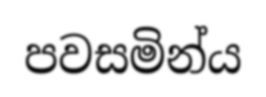
පවසමින්ය